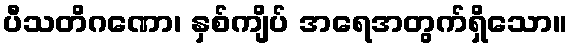
ပီသတိဂဏော၊ နှစ်ကျိပ် အရေအတွက်ရှိသော။